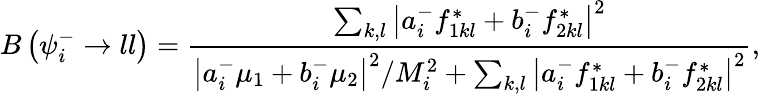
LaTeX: B\left(\psi_{i}^{-}\to ll\right)={\frac{\sum_{k,l}\left|a_{i}^{-}f_{1kl}^{\ast}+b_{i}^{-}f_{2kl}^{\ast}\right|^{2}}{\left|a_{i}^{-}\mu_{1}+b_{i}^{-}\mu_{2}\right|^{2}/M_{i}^{2}+\sum_{k,l}\left|a_{i}^{-}f_{1kl}^{*}+b_{i}^{-}f_{2kl}^{*}\right|^{2}}},